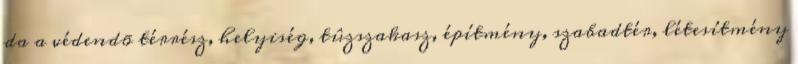
da a védendõ térrész, helyiség, tûzszakasz, építmény, szabadtér, létesítmény